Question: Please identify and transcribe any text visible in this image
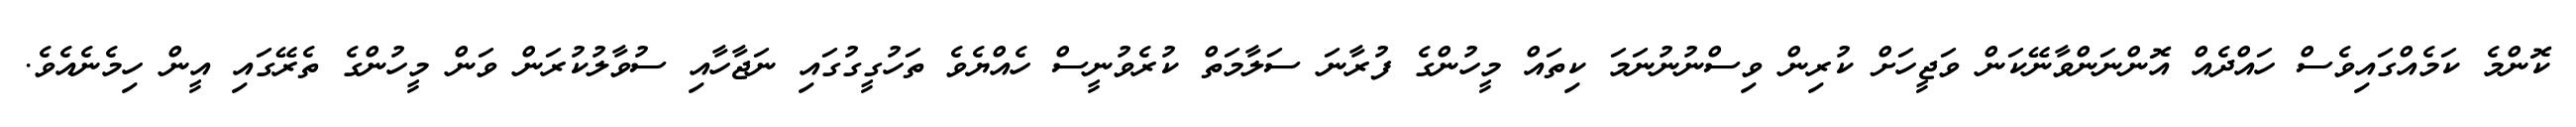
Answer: ކޮންމެ ކަމެއްގައިވެސް ހައްދެއް އޮންނަންވާނޭކަން ވަޖީހަށް ކުރިން ވިސްނުނުނަމަ ކިތައް މީހުންގެ ފުރާނަ ސަލާމަތް ކުރެވުނީސް ހެއްޔެވެ ތަހުގީގުގައި ނަޖާހާއި ސުވާލުކުރަން ވަން މީހުންގެ ތެރޭގައި އީން ހިމެނެއެވެ.